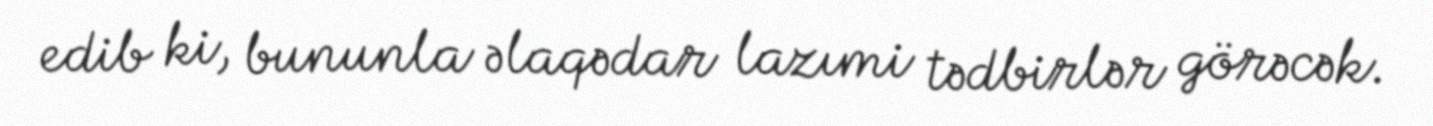
edib ki, bununla əlaqədar lazımi tədbirlər görəcək.